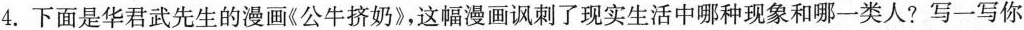
4.下面是华君武先生的漫画《公牛挤奶》，这幅漫画讽刺了现实生活中哪种现象和哪一类人?写一写你